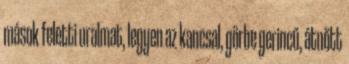
mások feletti uralmat, legyen az kancsal, görbe gerincű, átnőtt